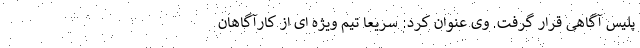
پلیس آگاهی قرار گرفت. وی عنوان کرد: سریعا تیم ویژه ای از کارآگاهان